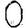
Digit: 0